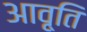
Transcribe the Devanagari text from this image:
आवृ्ति